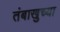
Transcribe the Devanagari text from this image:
तंबाखुच्या